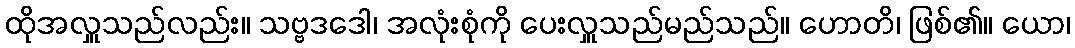
ထိုအလှူသည်လည်း။ သဗ္ဗဒဒေါ၊ အလုံးစုံကို ပေးလှူသည်မည်သည်။ ဟောတိ၊ ဖြစ်၏။ ယော၊